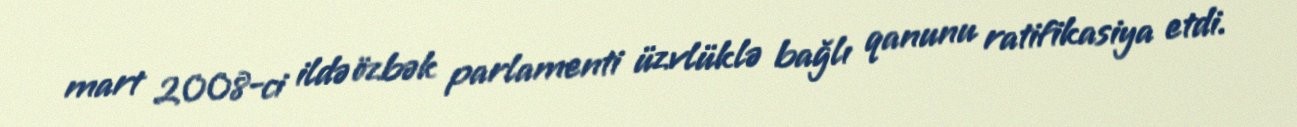
mart 2008-ci ildə özbək parlamenti üzvlüklə bağlı qanunu ratifikasiya etdi.